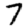
Digit: 7